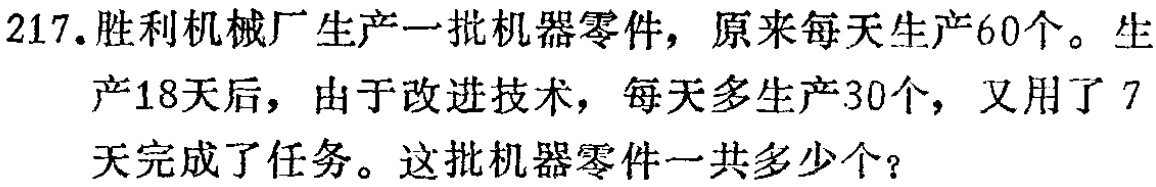
217.胜利机械厂生产一批机器零件，原来每天生产60个。生产18天后，由于改进技术，每天多生产30个，又用了7天完成了任务。这批机器零件一共多少个？